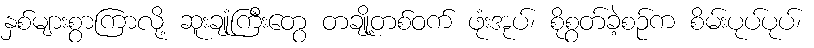
နှစ်များစွာကြာလို့ ဆူးချုံကြီးတွေ တချို့တစ်ဝက် ဖုံးအုပ်၊ စိုစွတ်ခဲ့စဉ်က စိမ်းပုပ်ပုပ်၊